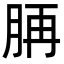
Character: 𦛍